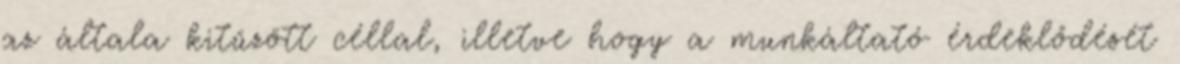
az általa kitűzött céllal, illetve hogy a munkáltató érdeklődését